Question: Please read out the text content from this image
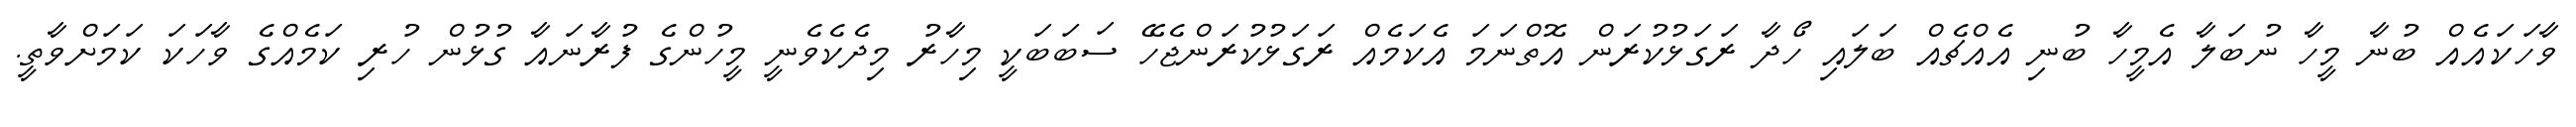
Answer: ވާހަކައެއް ބުނާ މީހާ ނުބަލާ އެމީހާ ބުނި އެއްޗެއް ބަލައި ހޯދާ ރަގަޅުކުރަން އޮތްނަމަ އެކަމެއް ރަގަޅުކުރަންޖެހޭ ސަބަބަކީ މިހާރު މިދެކެވެނީ މީހުންގެ ފުރާނައާ ގުޅުން ހުރި ކަމެއްގެ ވާހަކަ ކަމަށްވާތީ.